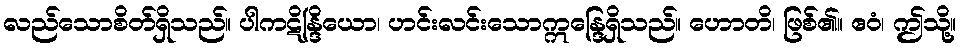
လည်သောစိတ်ရှိသည်။ ပါကဋိန္ဒြိယော၊ ဟင်းလင်းသောဣန္ဒြေရှိသည်။ ဟောတိ၊ ဖြစ်၏။ ဧဝံ၊ ဤသို့။